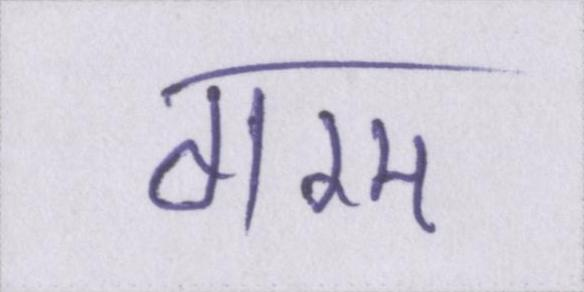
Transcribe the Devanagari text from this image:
गरम